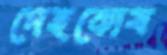
দেহকোষ